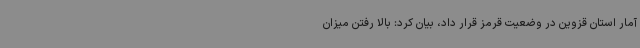
آمار استان قزوین در وضعیت قرمز قرار داد، بیان کرد: بالا رفتن میزان